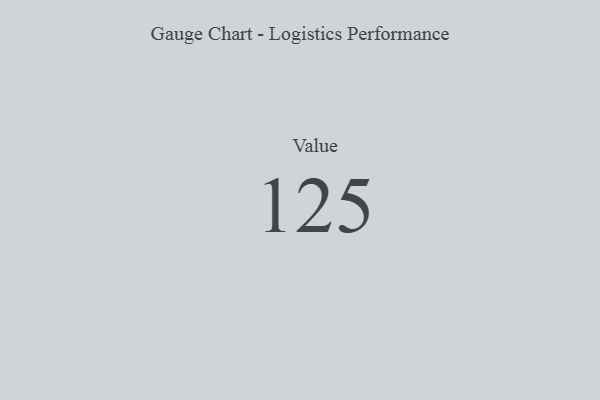
{"axis": {"x": "Metric", "y": "Value"}, "legend": [""], "data": [{"x": "Value", "y": 125, "type": ""}]}